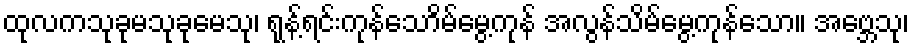
ထုလကသုခုမသုခုမေသု၊ ရုန့်ရင်းကုန်သောိမ်မွေ့ကုန် အလွန်သိမ်မွေ့ကုန်သော။ အဗ္ဘေသု၊